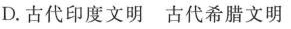
D.古代印度文明 古代希腊文明